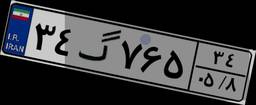
۳۴گ۷۶۵۳۴